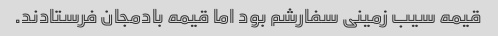
قیمه سیب زمینی سفارشم بود اما قیمه بادمجان فرستادند.